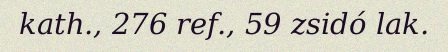
kath., 276 ref., 59 zsidó lak.